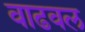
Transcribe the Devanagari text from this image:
वाढवल